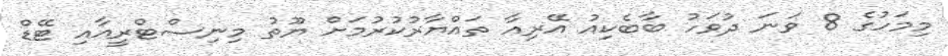
މިމަހުގެ 8 ވަނަ ދުވަހު ބާބެކިއު އޭރިއާ ތައްޔާރުކުރުމަށް ޔޫތު މިނިސްޓްރީއާއި ޓޭޑް